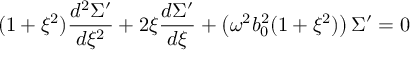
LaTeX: ( 1 + \xi ^ { 2 } ) \frac { d ^ { 2 } { \Sigma ^ { \prime } } } { d \xi ^ { 2 } } + 2 \xi \frac { d \Sigma ^ { \prime } } { d \xi } + \left( \omega ^ { 2 } b _ { 0 } ^ { 2 } ( 1 + \xi ^ { 2 } ) \right) \Sigma ^ { \prime } = 0